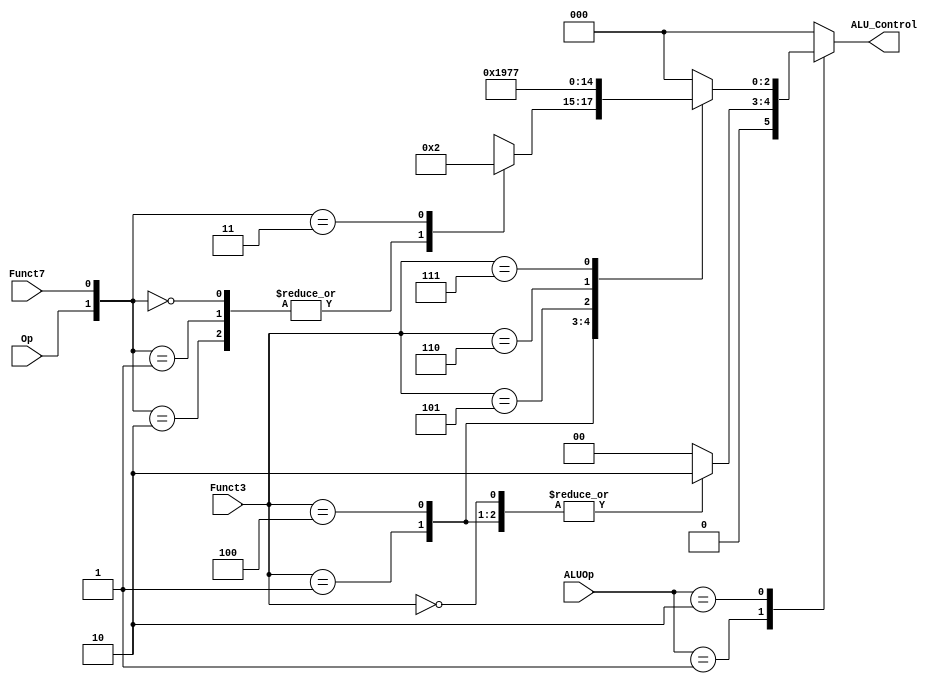
module ALUDecoder (
    input  wire  [1:0]  ALUOp,
    input  wire  [2:0]  Funct3,
    input  wire         Funct7,
    input  wire         Op,
    output reg   [2:0]  ALU_Control
);

always @(*) begin
    case (ALUOp) 
        2'b00 : begin
            ALU_Control = 3'b000; 
        end
        2'b01 : begin
        case (Funct3) 
        3'b000, 3'b001, 3'b100 : begin
            ALU_Control = 3'b010; 
        end
        default : begin
            ALU_Control = 3'b000;
            end 
            endcase 
        end

        2'b10 : begin
            case (Funct3) 
                3'b000 : begin
                    case ({Op, Funct7}) 
                    2'b00, 2'b01, 2'b10 : begin
                    ALU_Control = 3'b000;
                end
                    2'b11 : begin
                    ALU_Control = 3'b010;
                    end
                    endcase
                end
                3'b001 : begin
                    ALU_Control = 3'b001;
                end
                3'b100 : begin
                    ALU_Control = 3'b100;
                end
                3'b101 : begin
                    ALU_Control = 3'b101;
                end

                3'b110 : begin
                    ALU_Control = 3'b110;
                end

                3'b111 : begin
                    ALU_Control = 3'b111;
                end

                default : begin
                    ALU_Control = 3'b000;
                end
                endcase
        end
        default : begin
            ALU_Control = 3'b000;
        end
    endcase
end    
endmodule